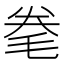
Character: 𣭮